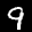
Label: 9